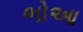
ભોઆ